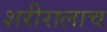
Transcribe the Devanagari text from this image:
शरीरालाच